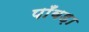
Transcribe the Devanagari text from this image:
पाँवड़ा